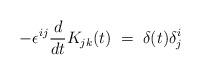
LaTeX: \begin{align*}- \epsilon^{ij} \frac{d}{dt} K_{jk}(t) \;=\; \delta (t) \delta^i_j\end{align*}